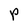
Character: p